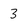
Character: 3